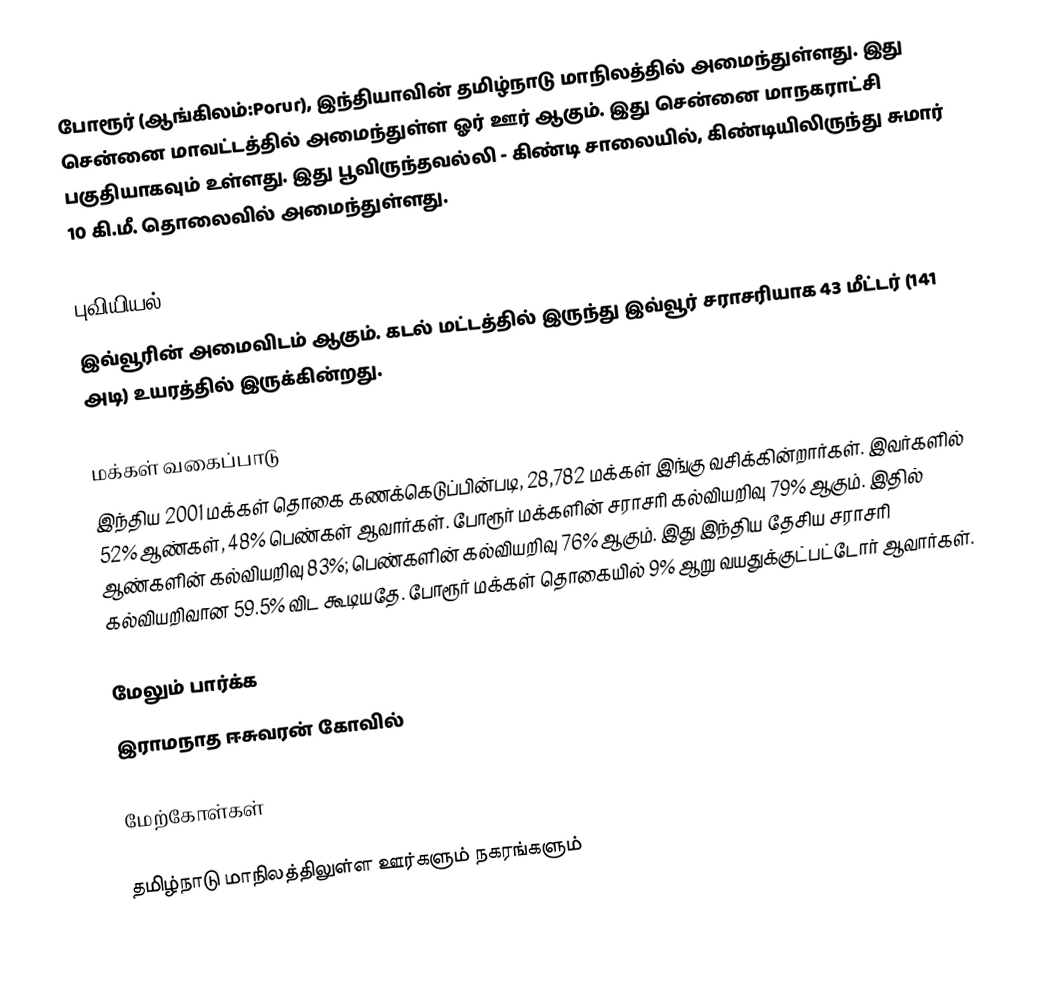
போரூர் (ஆங்கிலம்:Porur), இந்தியாவின் தமிழ்நாடு மாநிலத்தில் அமைந்துள்ளது. இது சென்னை மாவட்டத்தில் அமைந்துள்ள ஓர் ஊர் ஆகும். இது சென்னை மாநகராட்சி பகுதியாகவும் உள்ளது. இது பூவிருந்தவல்லி - கிண்டி சாலையில், கிண்டியிலிருந்து சுமார் 10 கி.மீ. தொலைவில் அமைந்துள்ளது.

புவியியல்
இவ்வூரின் அமைவிடம்  ஆகும். கடல் மட்டத்தில் இருந்து இவ்வூர் சராசரியாக 43 மீட்டர் (141 அடி) உயரத்தில் இருக்கின்றது.

மக்கள் வகைப்பாடு
இந்திய 2001 மக்கள் தொகை கணக்கெடுப்பின்படி, 28,782 மக்கள் இங்கு வசிக்கின்றார்கள். இவர்களில் 52% ஆண்கள், 48% பெண்கள் ஆவார்கள். போரூர் மக்களின் சராசரி கல்வியறிவு 79% ஆகும்.  இதில் ஆண்களின் கல்வியறிவு 83%;  பெண்களின் கல்வியறிவு 76% ஆகும். இது இந்திய தேசிய சராசரி கல்வியறிவான 59.5% விட கூடியதே. போரூர் மக்கள் தொகையில் 9%  ஆறு வயதுக்குட்பட்டோர் ஆவார்கள்.

மேலும் பார்க்க
 இராமநாத ஈசுவரன் கோவில்

மேற்கோள்கள்

தமிழ்நாடு மாநிலத்திலுள்ள ஊர்களும் நகரங்களும்